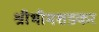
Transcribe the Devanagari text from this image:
श्रीभीमशङ्कर